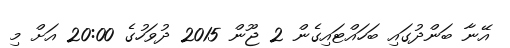
އޭނާ ބަންދުގައި ބަހައްޓައިގެން 2 ޖޫން 2015 ދުވަހުގެ 20:00 އަށް މި